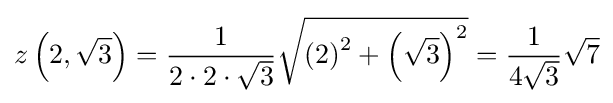
z\left(2,{\sqrt {3}}\right)={\frac {1}{2\cdot 2\cdot {\sqrt {3}}}}{\sqrt {\left(2\right)^{2}+\left({\sqrt {3}}\right)^{2}}}={\frac {1}{4{\sqrt {3}}}}{\sqrt {7}}